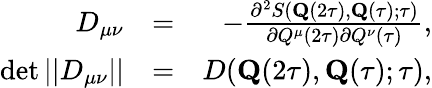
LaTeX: \begin{array}{rlr}{D_{\mu\nu}}&{=}&{-\frac{\partial^{2}S(\mathbf{Q}(2\tau),\mathbf{Q}(\tau);\tau)}{\partial{Q}^{\mu}(2\tau)\partial{Q}^{\nu}(\tau)},}\\ {\operatorname*{det}||D_{\mu\nu}||}&{=}&{D(\mathbf{Q}(2\tau),\mathbf{Q}(\tau);\tau),}\end{array}